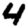
Digit: 4